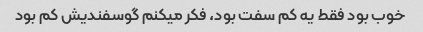
خوب بود فقط یه کم سفت بود، فکر میکنم گوسفندیش کم بود